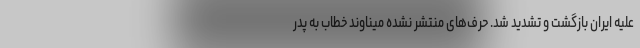
علیه ایران بازگشت و تشدید شد. حرف‌های منتشر نشده میناوند خطاب به پدر